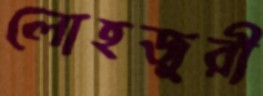
লোহজুরী